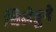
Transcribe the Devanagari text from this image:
चिलेडूने